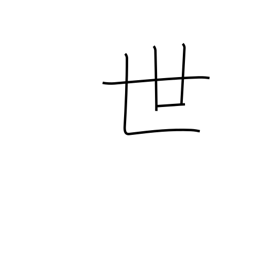
Meaning: society